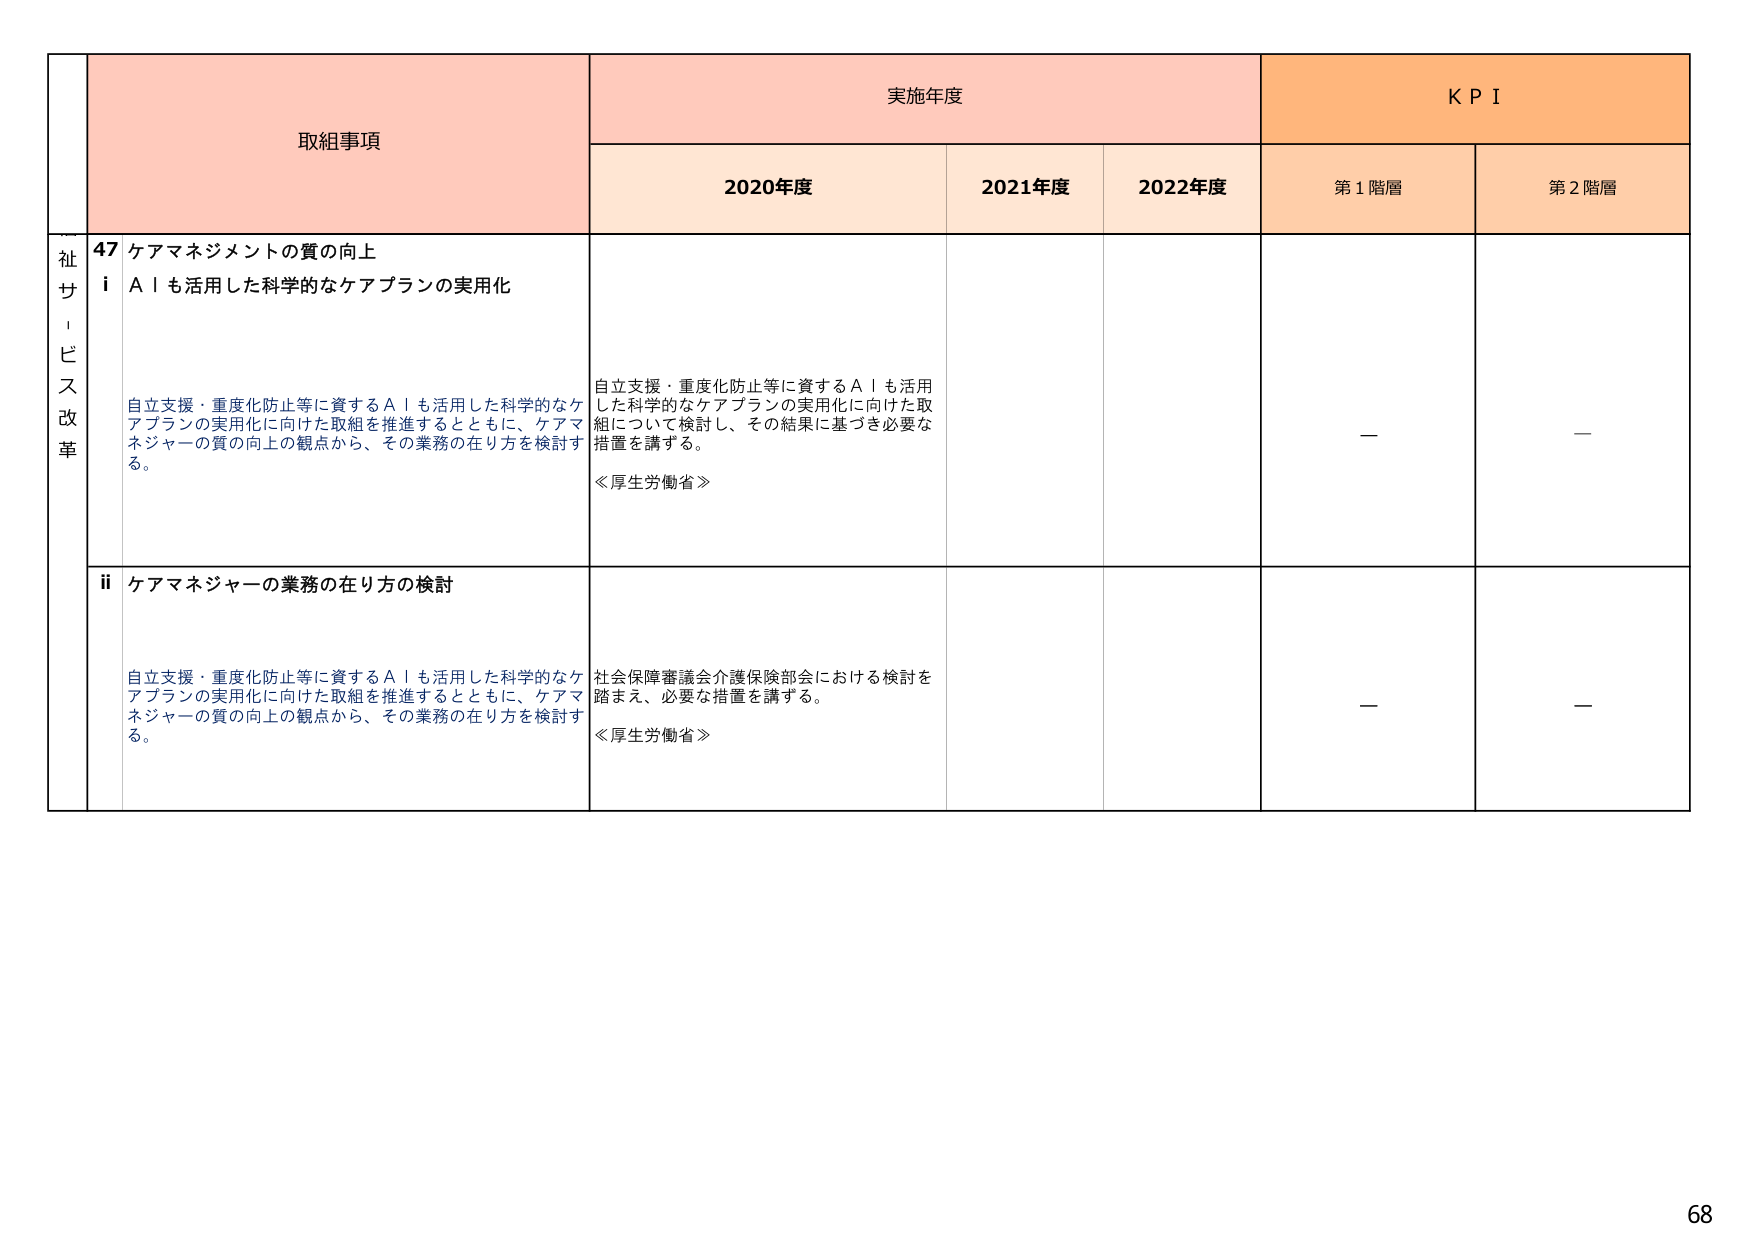
取組事項
実施年度
KPI
2020年度
2021年度
2022年度
第1階層
第2階層
祉サービス改革
47 ケアマネジメントの質の向上
i AIも活用した科学的なケアプランの実用化
自立支援・重度化防止等に資するAIも活用した科学的なケアプランの実用化に向けた取組を推進するとともに、ケアマネジャーの質の向上の観点から、その業務の在り方を検討する。
自立支援・重度化防止等に資するAIも活用した科学的なケアプランの実用化に向けた取組について検討し、その結果に基づき必要な措置を講ずる。
≪厚生労働省≫
－
－
ii ケアマネジャーの業務の在り方の検討
自立支援・重度化防止等に資するAIも活用した科学的なケアプランの実用化に向けた取組を推進するとともに、ケアマネジャーの質の向上の観点から、その業務の在り方を検討する。
社会保障審議会介護保険部会における検討を踏まえ、必要な措置を講ずる。
≪厚生労働省≫
－
－
68